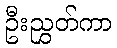
ဦးညွှတ်ကာ